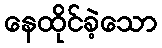
နေထိုင်ခဲ့သော